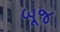
બૂજ